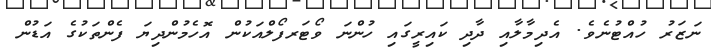
ނަޒަރު ހުއްޓުނެވެ. އެދިމާލާއި ދާދި ކައިރީގައި ހުންނަ ވޯޓަރފޯލްއަކުން އޮހެމުންދިޔަ ފެންތަކުގެ އަޑުން